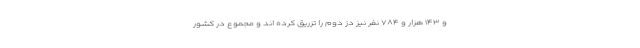
و ۱۴۳ هزار و ۷۸۴ نفر نیز دُز دوم را تزریق کرده اند و مجموع در کشور